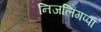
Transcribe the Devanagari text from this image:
निजलिंगप्पा